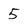
Character: 5